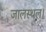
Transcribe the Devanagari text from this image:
जालस्थल।